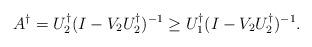
LaTeX: \begin{align*}A^{\dagger}=U_{2}^{\dagger}(I-V_{2}U_{2}^{\dag})^{-1} \geq U_{1}^{\dagger}(I-V_{2}U_{2}^{\dag})^{-1}.\end{align*}